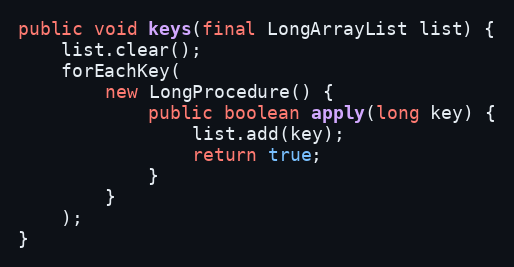
Language: Java
public void keys(final LongArrayList list) {
	list.clear();
	forEachKey(
		new LongProcedure() {
			public boolean apply(long key) {
				list.add(key);
				return true;
			}
		}
	);
}